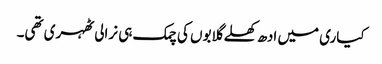
کیاری میں ادھ کھلے گلابوں کی چمک ہی نرالی ٹھہری تھی۔